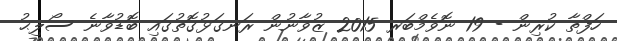
ހަފްތާ ކުރިން - 19 ނޮވެމްބަރ 2015 ޒުވާނުން ރަނގަޅުގޮތުގައި ބޮޑުވާނެ ސޯލިޙު